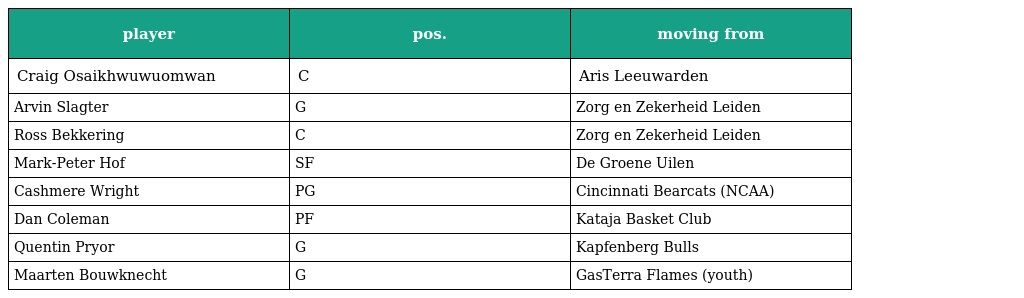
| player | pos. | moving from |
 | --- | --- | --- |
 | Craig Osaikhwuwuomwan | C | Aris Leeuwarden |
 | Arvin Slagter | G | Zorg en Zekerheid Leiden |
 | Ross Bekkering | C | Zorg en Zekerheid Leiden |
 | Mark-Peter Hof | SF | De Groene Uilen |
 | Cashmere Wright | PG | Cincinnati Bearcats (NCAA) |
 | Dan Coleman | PF | Kataja Basket Club |
 | Quentin Pryor | G | Kapfenberg Bulls |
 | Maarten Bouwknecht | G | GasTerra Flames (youth) |